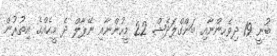
ބުނީ 19 ދިވެހިންނާއި ބަންގްލަދޭޝް 22 މީހުންނާއި ނޭޕާލް ދެ މީހެއްގެ އިތުރުން